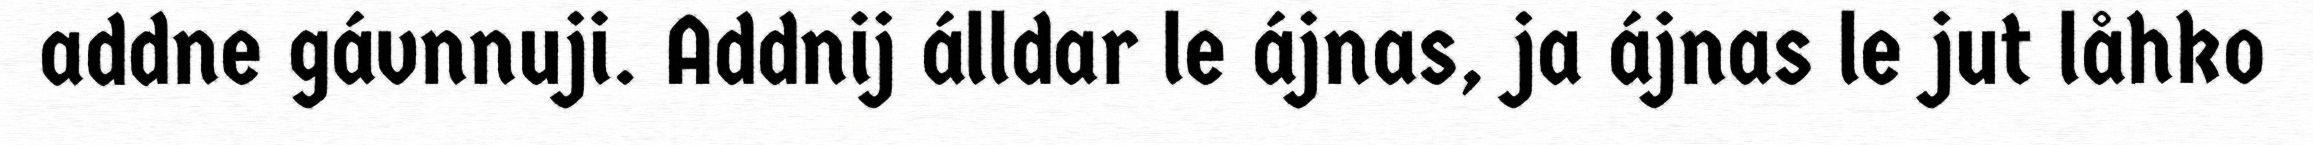
addne gávnnuji. Addnij álldar le ájnas, ja ájnas le jut låhko